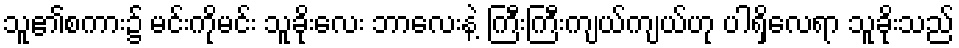
သူ၏စကား၌ မင်းကိုမင်း သူခိုးလေး ဘာလေးနဲ့ ကြီးကြီးကျယ်ကျယ်ဟု ပါရှိလေရာ သူခိုးသည်